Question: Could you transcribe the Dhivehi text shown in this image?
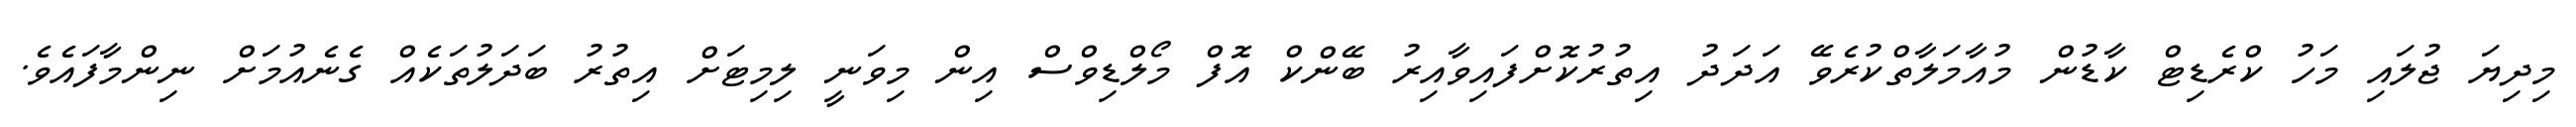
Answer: މިދިޔަ ޖުލައި މަހު ކްރެޑިޓް ކާޑުން މުއާމަލާތްކުރެވޭ އަދަދު އިތުރުކޮށްފައިވާއިރު ބޭންކް އޮފް މޯލްޑިވްސް އިން މިވަނީ ލިމިޓަށް އިތުރު ބަދަލުތަކެއް ގެނެއުމަށް ނިންމާފައެވެ.